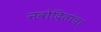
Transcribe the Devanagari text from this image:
नवोदितांचा